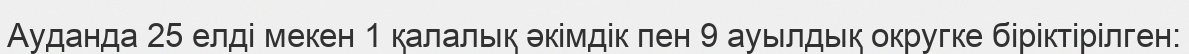
Ауданда 25 елді мекен 1 қалалық әкімдік пен 9 ауылдық округке біріктірілген: